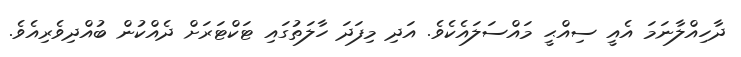
ދާހިއްލާނަމަ އެއީ ސިއްޙީ މައްސަލައެކެވެ. އަދި މިފަދަ ހާލަތުގައި ޓަކްޓަރަށް ދެއްކުން ބުއްދިވެރިއެވެ.